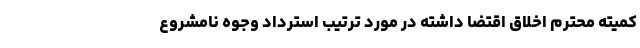
کمیته محترم اخلاق اقتضا داشته در مورد ترتیب استرداد وجوه نامشروع